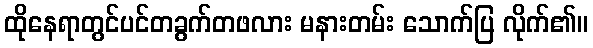
ထိုနေရာတွင်ပင်တခွက်တဖလား မနားတမ်း သောက်ပြ လိုက်၏။